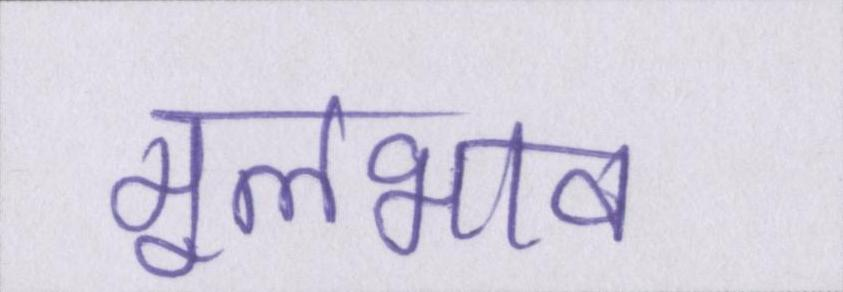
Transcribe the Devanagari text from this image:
मूलभाव